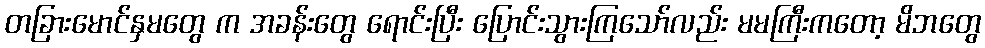
တခြားမောင်နှမတွေ က အခန်းတွေ ရောင်းပြီး ပြောင်းသွားကြသော်လည်း မမကြီးကတော့ မိဘတွေ